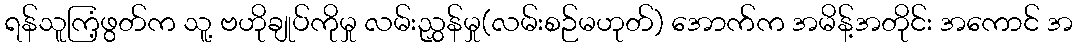
ရန်သူကြံ့ဖွတ်က သူ့ ဗဟိုချုပ်ကိုမှု လမ်းညွှန်မှု(လမ်းစဉ်မဟုတ်) အောက်က အမိန့်အတိုင်း အကောင် အ